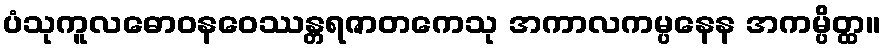
ပံသုကူလဓောဝနဝေဿန္တရဇာတကေသု အကာလကမ္ပနေန အကမ္ပိတ္ထ။